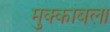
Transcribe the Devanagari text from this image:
मुक्काबला